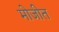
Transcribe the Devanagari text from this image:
मोजीत